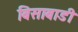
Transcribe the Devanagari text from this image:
बिसाबाडी